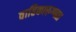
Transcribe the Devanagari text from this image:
वाहिकारुग्णता